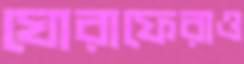
ঘোরাফেরাও